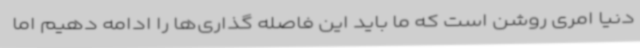
دنیا امری روشن است که ما باید این فاصله گذاری‌ها را ادامه دهیم اما